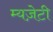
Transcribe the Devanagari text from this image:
म्यज़ेटी